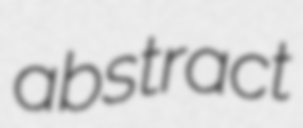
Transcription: abstract